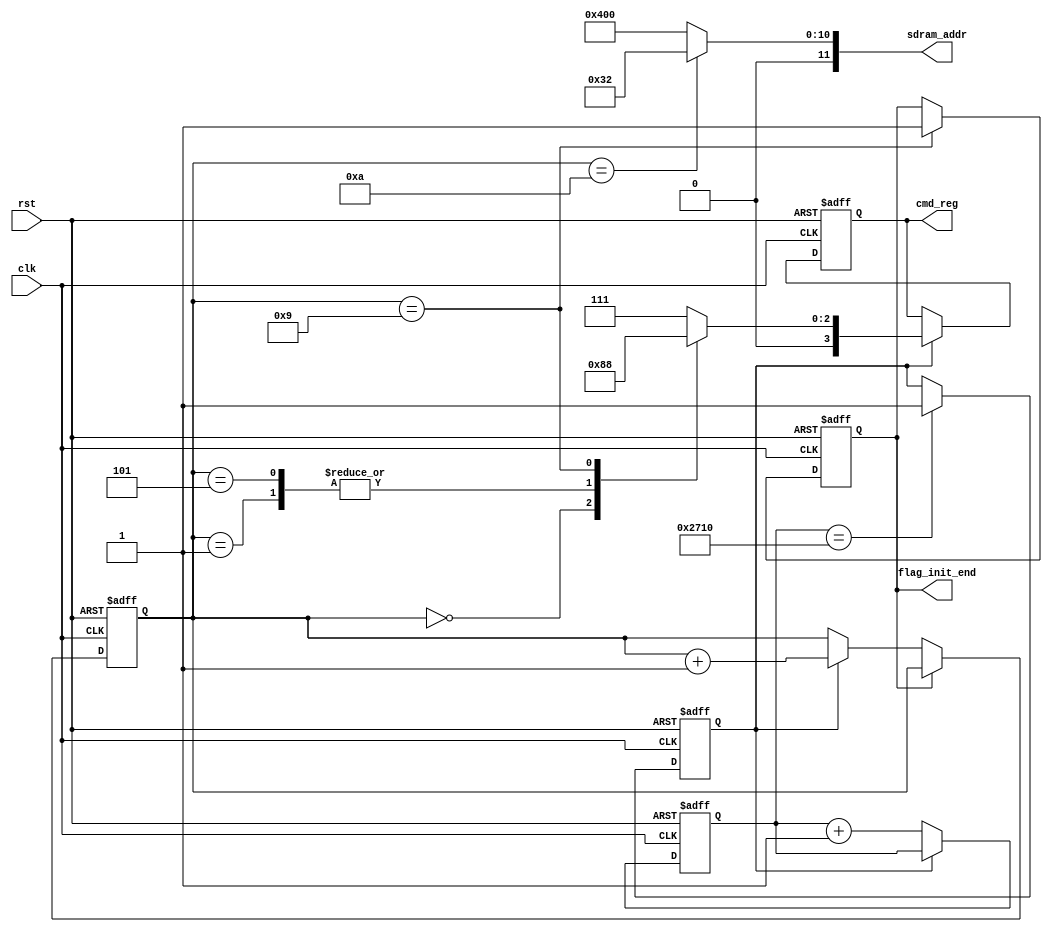
//describe : we need to wait at least 100us ,we wait 200us there
//the clk we use is 50Mhz,(0.02us)  so 200us we neew to wait 10000
module sdram_init#(
    parameter   FREQUENCY = 50,         //MHZ
    parameter   INI_TIME = 200          //us
)
(
    input                      clk,
    input                      rst,

    output   reg     [3:0]     cmd_reg,
    output          [11:0]     sdram_addr,
    output   reg               flag_init_end
);      

parameter WAIT_CNT = INI_TIME * FREQUENCY;

// cs ras cas we
localparam  Precharge = 4'b0010;   
localparam  AutoFresh = 4'b0001;
localparam  NOP       = 4'b0111;
localparam  ModeSet   = 4'b0000;

localparam  ModeSdramAddr = 12'b000000110010;

reg         [15:0]          wait_cnt;
reg                         flag_200us;
reg          [3:0]          cnt_cmd;

//wait 200us
always @(posedge clk or posedge rst) begin
    if (rst) 
        wait_cnt <= 0;
    else if ( !flag_200us )
        wait_cnt <= wait_cnt + 1;
end

always @(posedge clk or posedge rst) begin
    if(rst)
        flag_200us <= 0;
    else if ( wait_cnt == WAIT_CNT )
        flag_200us <= 1;
end      

// commond cnt
// Based on SDRAM timing diagram
always @(posedge clk or posedge rst) begin
    if(rst)
        cnt_cmd <= 0;
    else if ( flag_init_end)
        cnt_cmd <= cnt_cmd;
    else if (flag_200us)
        cnt_cmd <= cnt_cmd + 1;
end
//create commond
always @(posedge clk or posedge rst) begin
    if (rst)
        cmd_reg <= 0;
    else if(flag_200us) begin
        case ( cnt_cmd )
        0 :  cmd_reg = Precharge;
        1 :  cmd_reg = AutoFresh;
        5 :  cmd_reg = AutoFresh;
        9 :  cmd_reg = ModeSet;
        default : cmd_reg = NOP;
        endcase 
    end
end

//create end signal
always @(posedge clk or posedge rst) begin
    if(rst) 
        flag_init_end <= 0;
    else if(cnt_cmd == 9)
        flag_init_end <= 1;
end

assign sdram_addr = ( cnt_cmd == 'd10) ? ModeSdramAddr : 12'b010000000000;
endmodule